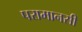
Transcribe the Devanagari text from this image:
परामानसी